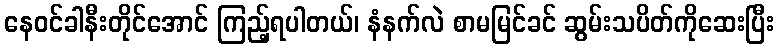
နေဝင်ခါနီးတိုင်အောင် ကြည့်ရပါတယ်၊ နံနက်လဲ စာမမြင်ခင် ဆွမ်းသပိတ်ကိုဆေးပြီး